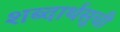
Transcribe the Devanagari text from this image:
शब्दार्थसूची